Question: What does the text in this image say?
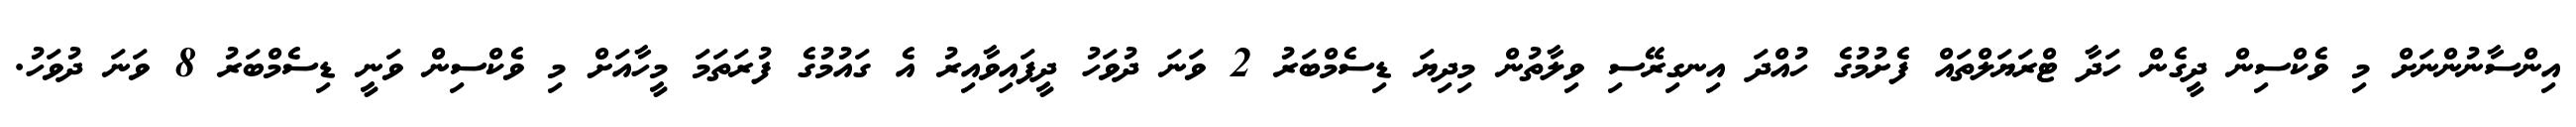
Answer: އިންސާނުންނަށް މި ވެކްސިން ދީގެން ހަދާ ޓްރަޔަލްތައް ފެށުމުގެ ހުއްދަ އިނގިރޭސި ވިލާތުން މިދިޔަ ޑިސެމްބަރު 2 ވަނަ ދުވަހު ދީފައިވާއިރު އެ ގައުމުގެ ފުރަތަމަ މީހާއަށް މި ވެކްސިން ވަނީ ޑިސެމްބަރު 8 ވަނަ ދުވަހު.